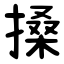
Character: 搡